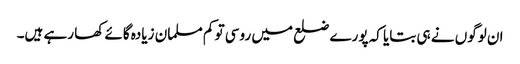
ان لوگوں نے ہی بتایا کہ پورے ضلع میں روسی تو کم مسلمان زیادہ گائے کھا رہے ہیں۔